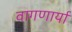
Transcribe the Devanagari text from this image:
वागणार्या